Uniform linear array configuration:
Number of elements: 12
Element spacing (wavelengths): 0.5
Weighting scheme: uniform
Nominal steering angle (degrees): -15
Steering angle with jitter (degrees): -15.573
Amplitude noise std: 0.05
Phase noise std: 0.05

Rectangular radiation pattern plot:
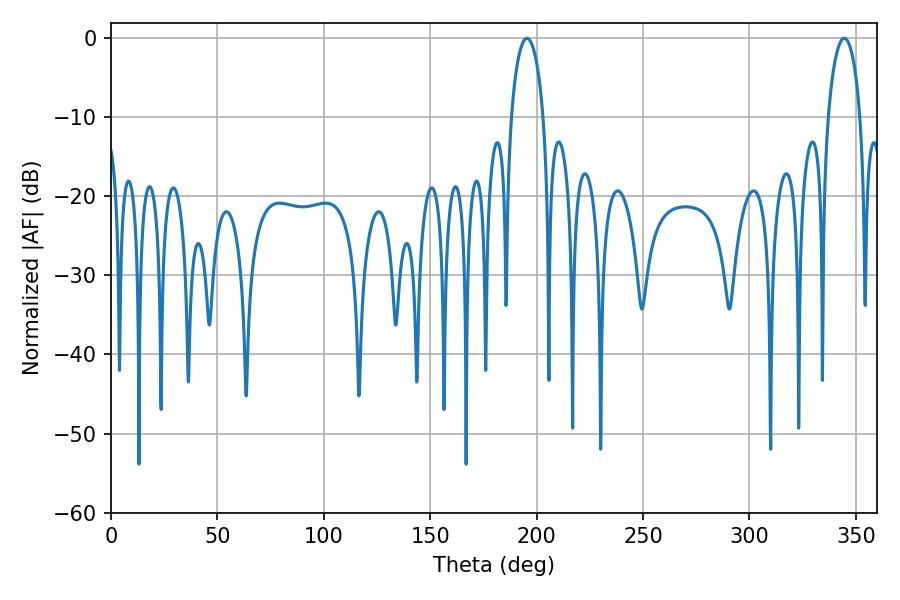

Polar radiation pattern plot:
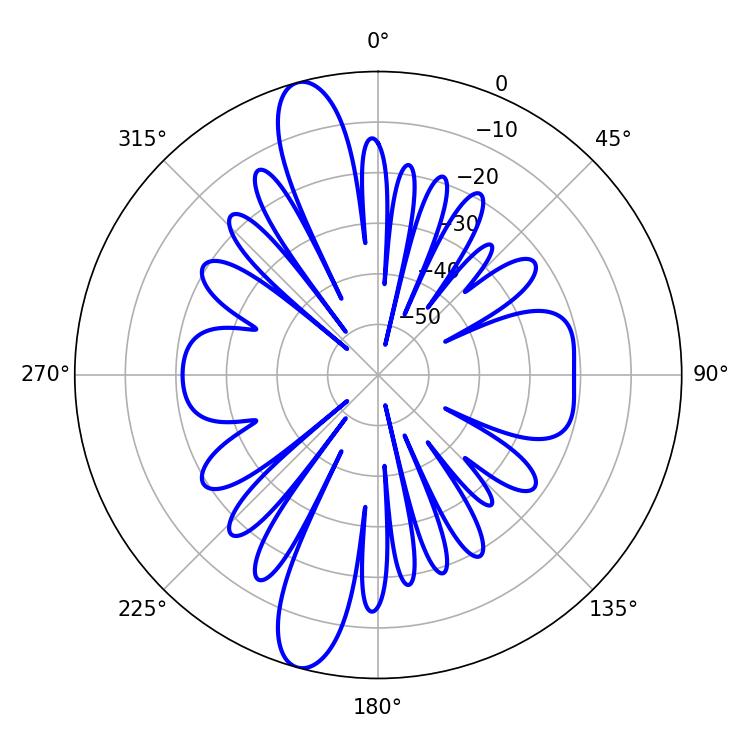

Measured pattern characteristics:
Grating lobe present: FALSE
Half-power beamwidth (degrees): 8.64
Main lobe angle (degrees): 195.48